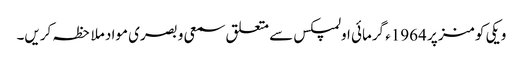
ویکی کومنز پر 1964ء گرمائی اولمپکس سے متعلق سمعی و بصری مواد ملاحظہ کریں۔